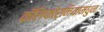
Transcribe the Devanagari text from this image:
कॅलिफोर्नियामधुन